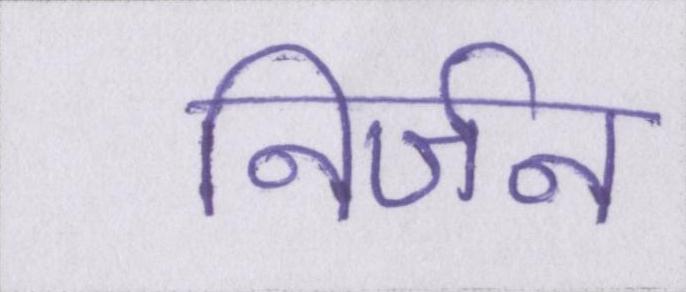
निर्जन